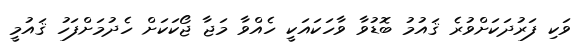
ވަކި ފަރުދަކަށްވުރެ ޤައުމު ބޮޑުވާ ވާހަކައަކީ ހެއްވާ މަޖާ ޖޯކަކަށް ހެދުމަށްފަހު ޤައުމީ